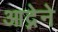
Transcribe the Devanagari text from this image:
आद्नेने